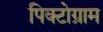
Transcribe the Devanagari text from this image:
पिक्टोग्राम